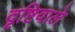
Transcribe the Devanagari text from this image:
दृष्टिवाले